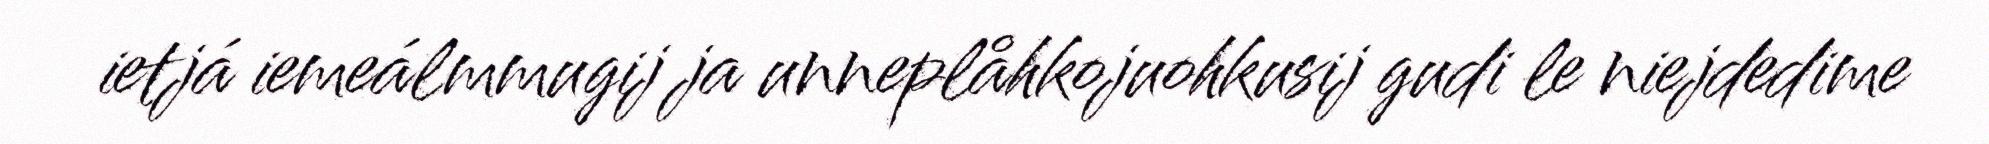
ietjá iemeálmmugij ja unneplåhkojuohkusij gudi le niejdedime